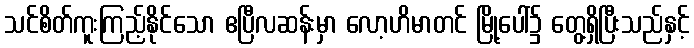
သင်စိတ်ကူးကြည့်နိုင်သော ဧပြီလဆန်းမှာ လော့ဟိမာတင် မြို့ပေါ်၌ တွေ့ရှိပြီးသည်နှင့်